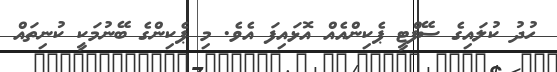
ހުދު ކުލައިގެ ސޭފްޓީ ޕެކިންއެއް އޮޅައިފަ އެވެ. މި ޕެކިންގެ ބޭނުމަކީ ކުނިތައް